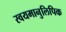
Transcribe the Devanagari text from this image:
स्वयमानुलिपिक